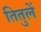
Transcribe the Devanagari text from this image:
तितुलें